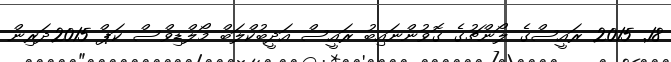
18